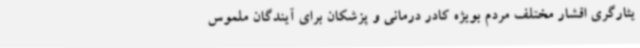
یثارگری اقشار مختلف مردم بویژه کادر درمانی و پزشکان برای آیندگان ملموس